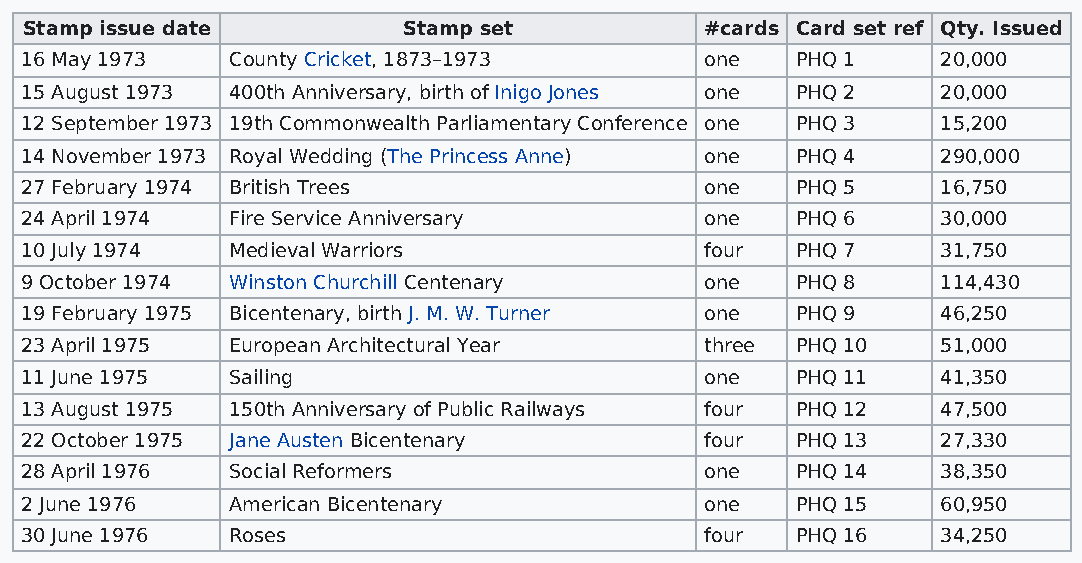
Stamp issue date          Stamp set           #cards Card set ref Qty. Issued
 16 May 1973   County Cricket, 1873–1973       one   PHQ 1    20,000
 15 August 1973 400th Anniversary, birth of Inigo Jones one PHQ 2 20,000
 12 September 1973 19th Commonwealth Parliamentary Conference one PHQ 3 15,200
 14 November 1973 Royal Wedding (The Princess Anne) one PHQ 4 290,000
 27 February 1974 British Trees                one   PHQ 5    16,750
 24 April 1974 Fire Service Anniversary        one   PHQ 6    30,000
 10 July 1974  Medieval Warriors               four  PHQ 7    31,750
 9 October 1974 Winston Churchill Centenary    one   PHQ 8    114,430
 19 February 1975 Bicentenary, birth J. M. W. Turner one PHQ 9 46,250
 23 April 1975 European Architectural Year     three PHQ 10   51,000
 11 June 1975  Sailing                         one   PHQ 11   41,350
 13 August 1975 150th Anniversary of Public Railways four PHQ 12 47,500
 22 October 1975 Jane Austen Bicentenary       four  PHQ 13   27,330
 28 April 1976 Social Reformers                one   PHQ 14   38,350
 2 June 1976   American Bicentenary            one   PHQ 15   60,950
 30 June 1976  Roses                           four  PHQ 16   34,250